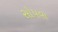
સોપવા